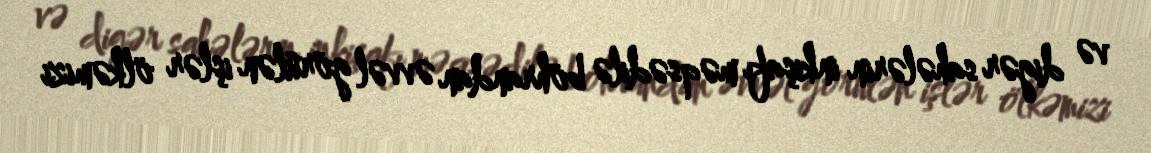
və digər sahələrin inkişafı məqsədilə böhrandan əvvəl görülən işlər ölkəmizi